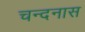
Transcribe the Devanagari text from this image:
चन्दनास